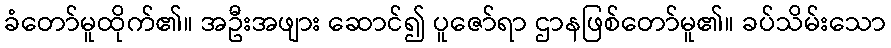
ခံတော်မူထိုက်၏။ အဦးအဖျား ဆောင်၍ ပူဇော်ရာ ဌာနဖြစ်တော်မူ၏။ ခပ်သိမ်းသော